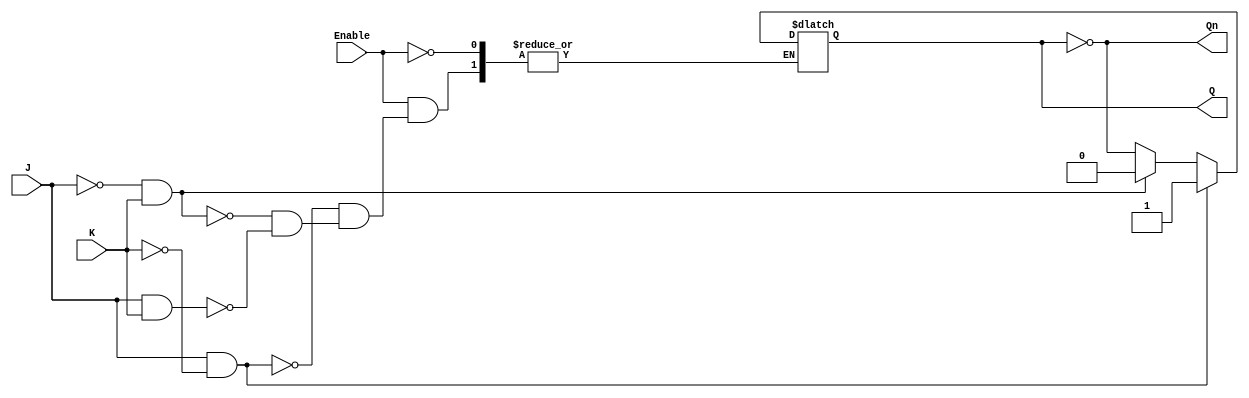
module GatedJKLatch (
    input wire J,        // Set input
    input wire K,        // Reset input
    input wire Enable,   // Control signal
    output reg Q,        // Output
    output wire Qn       // Inverted output
);

// Inverted output
assign Qn = ~Q;

// Always block to describe the gated JK latch behavior
always @(Enable or J or K) begin
    if (Enable) begin
        if (J && ~K) begin
            Q <= 1'b1;  // Set
        end else if (~J && K) begin
            Q <= 1'b0;  // Reset
        end else if (J && K) begin
            Q <= ~Q;    // Toggle
        end
        // If J = 0 and K = 0, Q retains its previous state automatically
    end
    // When Enable is low, Q retains its previous state
end

endmodule